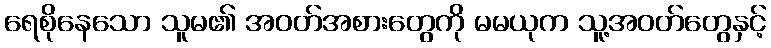
ရေစိုနေသော သူမ၏ အဝတ်အစားတွေကို မမယုက သူ့အဝတ်တွေနှင့်